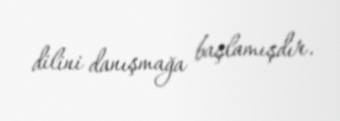
dilini danışmağa başlamışdır.